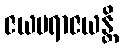
ဇယပရာဇယန္တိ